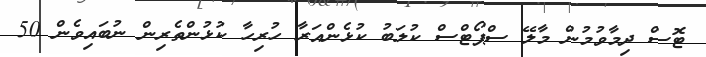
ޓޮސް ދިމާވުމުން މާލޭ ސްޕޯޓްސް ކުލަބު ކުޅެންއަރާ ހުރިހާ ކުޅުންތެރިން ނުބައިވެން 50